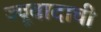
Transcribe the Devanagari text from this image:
ज्यूवादाची